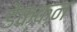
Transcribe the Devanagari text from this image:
डेक्क्न